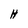
Character: H